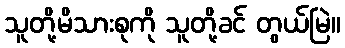
သူတို့မိသားစုကို သူတို့ခင် တွယ်မြဲ။